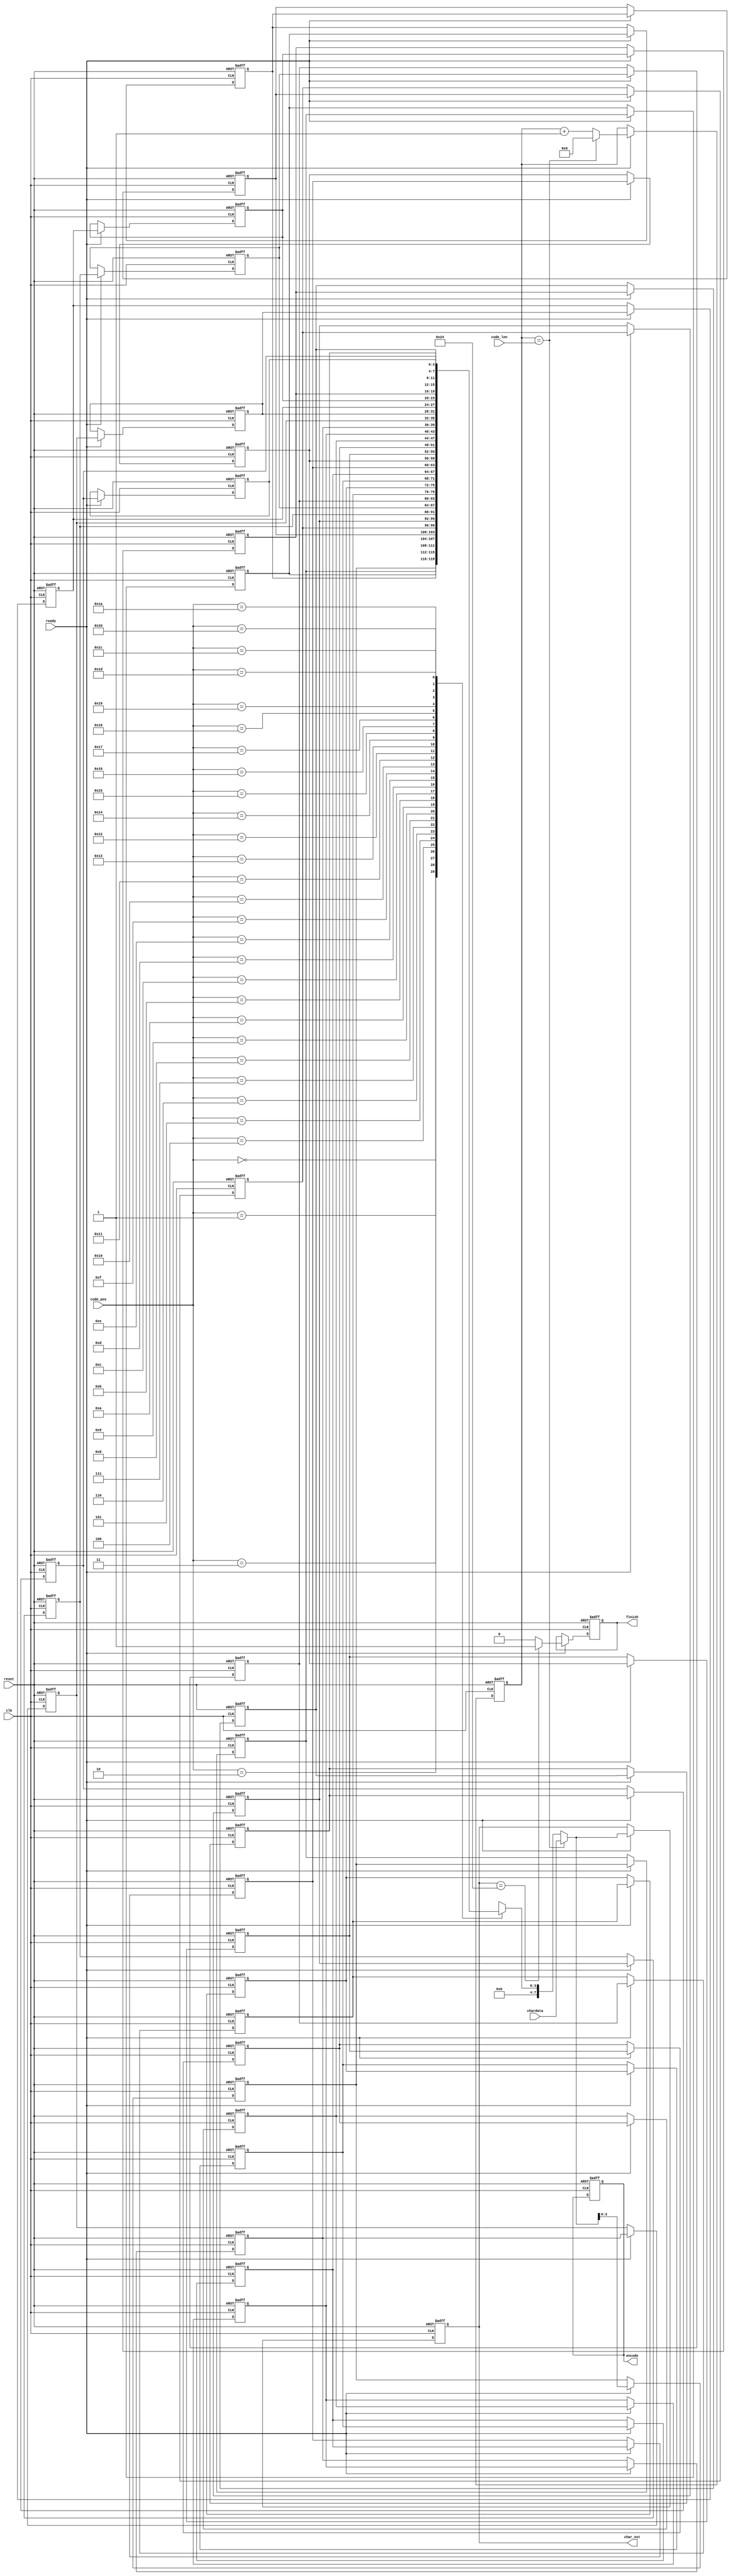
module LZ77_Decoder(clk,reset,ready,code_pos,code_len,chardata,encode,finish,char_nxt);

input 				clk;
input 				reset;
input				ready;
input 		[4:0] 	code_pos;
input 		[4:0] 	code_len;
input 		[7:0] 	chardata;
output	  			encode;
output	  			finish;
output		[7:0] 	char_nxt;

reg     			encode;
reg		  			finish;
reg 	 	[7:0] 	char_nxt;
/*  code_len  */
reg			[4:0]	output_counter;	
/* search_buffer  = 30 */
reg			[3:0]	search_buffer[29:0];


always @(posedge clk or posedge reset)
begin
	if(reset)
	begin
		finish <= 0;
		output_counter <= 0;
		encode <= 0;
		char_nxt <= 0;
		/* search_buffer  = 30 */
		search_buffer[0]  <= 4'd0;
		search_buffer[1]  <= 4'd0;
		search_buffer[2]  <= 4'd0;
		search_buffer[3]  <= 4'd0;
		search_buffer[4]  <= 4'd0;
		search_buffer[5]  <= 4'd0;
		search_buffer[6]  <= 4'd0;
		search_buffer[7]  <= 4'd0;
		search_buffer[8]  <= 4'd0;
		search_buffer[9]  <= 4'd0;
		search_buffer[10] <= 4'd0;
		search_buffer[11] <= 4'd0;
		search_buffer[12] <= 4'd0;
		search_buffer[13] <= 4'd0;
		search_buffer[14] <= 4'd0;
		search_buffer[15] <= 4'd0;
		search_buffer[16] <= 4'd0;
		search_buffer[17] <= 4'd0;
		search_buffer[18] <= 4'd0;
		search_buffer[19] <= 4'd0;
		search_buffer[20] <= 4'd0;
		search_buffer[21] <= 4'd0;
		search_buffer[22] <= 4'd0;
		search_buffer[23] <= 4'd0;
		search_buffer[24] <= 4'd0;
		search_buffer[25] <= 4'd0;
		search_buffer[26] <= 4'd0;
		search_buffer[27] <= 4'd0;
		search_buffer[28] <= 4'd0;
		search_buffer[29] <= 4'd0;
	end
	else if(!ready)
	begin
		finish <= finish;
	end
	else begin
		char_nxt <= (output_counter == code_len) ? chardata : search_buffer[code_pos];
		/* search_buffer  = 30 */
		search_buffer[29] <= search_buffer[28];
		search_buffer[28] <= search_buffer[27];
		search_buffer[27] <= search_buffer[26];
		search_buffer[26] <= search_buffer[25];
		search_buffer[25] <= search_buffer[24];
		search_buffer[24] <= search_buffer[23];
		search_buffer[23] <= search_buffer[22];
		search_buffer[22] <= search_buffer[21];
		search_buffer[21] <= search_buffer[20];
		search_buffer[20] <= search_buffer[19];
		search_buffer[19] <= search_buffer[18];
		search_buffer[18] <= search_buffer[17];
		search_buffer[17] <= search_buffer[16];
		search_buffer[16] <= search_buffer[15];
		search_buffer[15] <= search_buffer[14];
		search_buffer[14] <= search_buffer[13];
		search_buffer[13] <= search_buffer[12];
		search_buffer[12] <= search_buffer[11];
		search_buffer[11] <= search_buffer[10];
		search_buffer[10] <= search_buffer[9];
		search_buffer[9]  <= search_buffer[8];
		search_buffer[8]  <= search_buffer[7];
		search_buffer[7]  <= search_buffer[6];
		search_buffer[6]  <= search_buffer[5];
		search_buffer[5]  <= search_buffer[4];
		search_buffer[4]  <= search_buffer[3];
		search_buffer[3]  <= search_buffer[2];
		search_buffer[2]  <= search_buffer[1];
		search_buffer[1]  <= search_buffer[0];
		search_buffer[0]  <= (output_counter == code_len) ? chardata : search_buffer[code_pos];
		output_counter <= (output_counter == code_len) ? 0 : output_counter + 1;
		finish <= (char_nxt == 8'h24) ? 1 : 0;
	end
end




endmodule